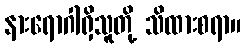
နားရောဂါရှိသူတို့ သိထားစရာ။